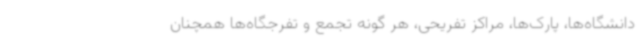
دانشگاه‌ها، پارک‌ها، مراکز تفریحی، هر گونه تجمع و تفرجگاه‌ها همچنان